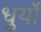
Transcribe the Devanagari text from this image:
धुर्यो